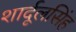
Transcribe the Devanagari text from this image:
शार्दूलसिंह